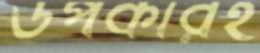
উপকারই